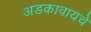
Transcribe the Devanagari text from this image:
अडकावायचे